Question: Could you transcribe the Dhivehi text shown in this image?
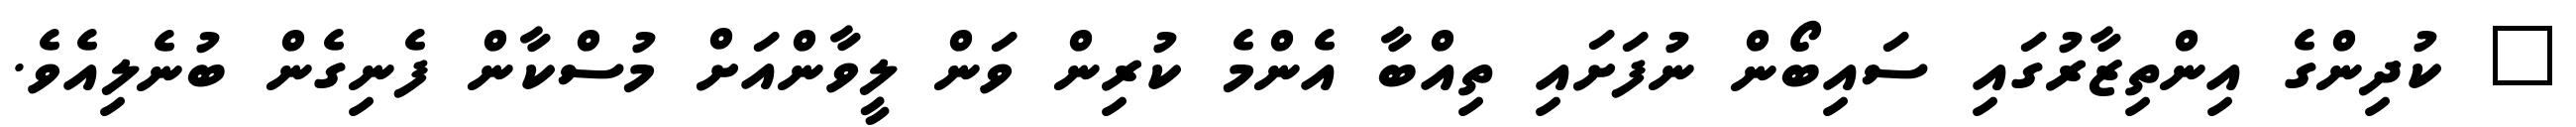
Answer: " ކުދިންގެ އިންތިޒާރުގައި ސައިބޯން ނުފަށައި ތިއްބާ އެންމެ ކުރިން ވަން ލީވާންއަށް މުސްކާން ފެނިގެން ބުނެލިއެވެ.